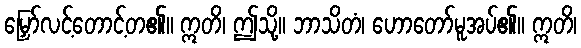
မြှော်လင့်တောင့်တ၏။ ဣတိ၊ ဤသို့။ ဘာသိတံ၊ ဟောတော်မူအပ်၏။ ဣတိ၊